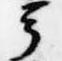
聞